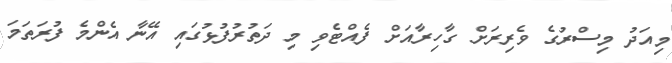
މިއަދު މިސްރުގެ ވެރިރަށް ގާހިރާއަށް ފެއްޓެވި މި ދަތުރުފުޅުގައި އޭނާ އެންމެ ފުރަތަމަ